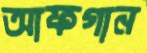
আফগান